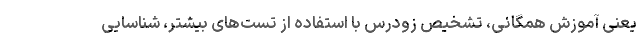
یعنی آموزش همگانی، تشخیص زودرس با استفاده از تست‌های بیشتر، شناسایی